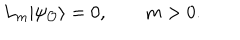
LaTeX: L _ { m } | \psi _ { \cal O } \rangle = 0 , \qquad m > 0 .